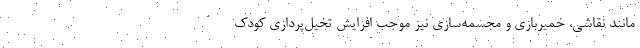
مانند نقاشی، خمیربازی و مجسمه‌سازی نیز موجب افزایش تخیل‌پردازی کودک